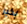
بخير